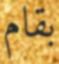
بقام